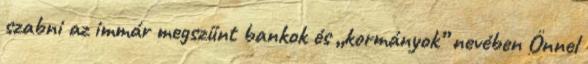
szabni az immár megszűnt bankok és „kormányok” nevében Önnel